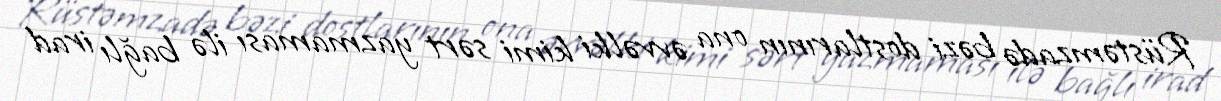
Rüstəmzadə bəzi dostlarının ona əvvəlki kimi sərt yazmaması ilə bağlı irad